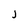
Character: J